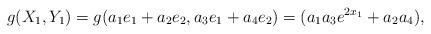
LaTeX: \begin{align*} g(X_1,Y_1)= g(a_1e_1+a_2e_2,a_3e_1+a_4e_2) = (a_1a_3e^{2x_1} + a_2a_4),\end{align*}